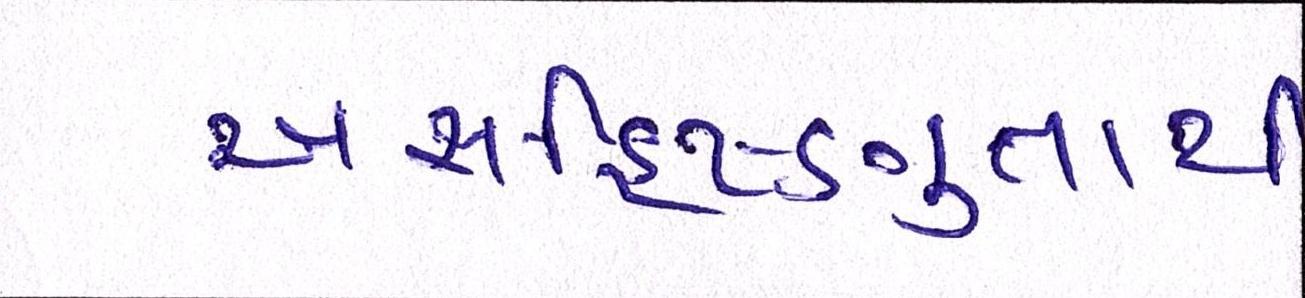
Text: અસહિષ્ણુતાથી